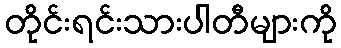
တိုင်းရင်းသားပါတီများကို